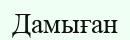
Дамыған